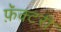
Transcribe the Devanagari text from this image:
फ़ॅक्टरी